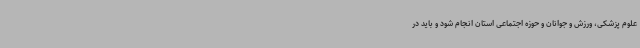
علوم پزشکی، ورزش و جوانان و حوزه اجتماعی استان انجام شود و باید در